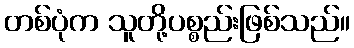
တစ်ပုံက သူတို့ပစ္စည်းဖြစ်သည်။